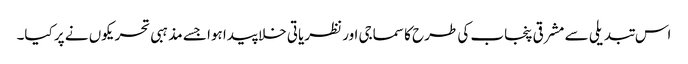
اس تبدیلی سے مشرقی پنجاب کی طرح کا سماجی اور نظریاتی خلا پیدا ہوا جسے مذہبی تحریکوں نے پر کیا۔